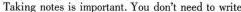
Taking notes is important. You don't need to write